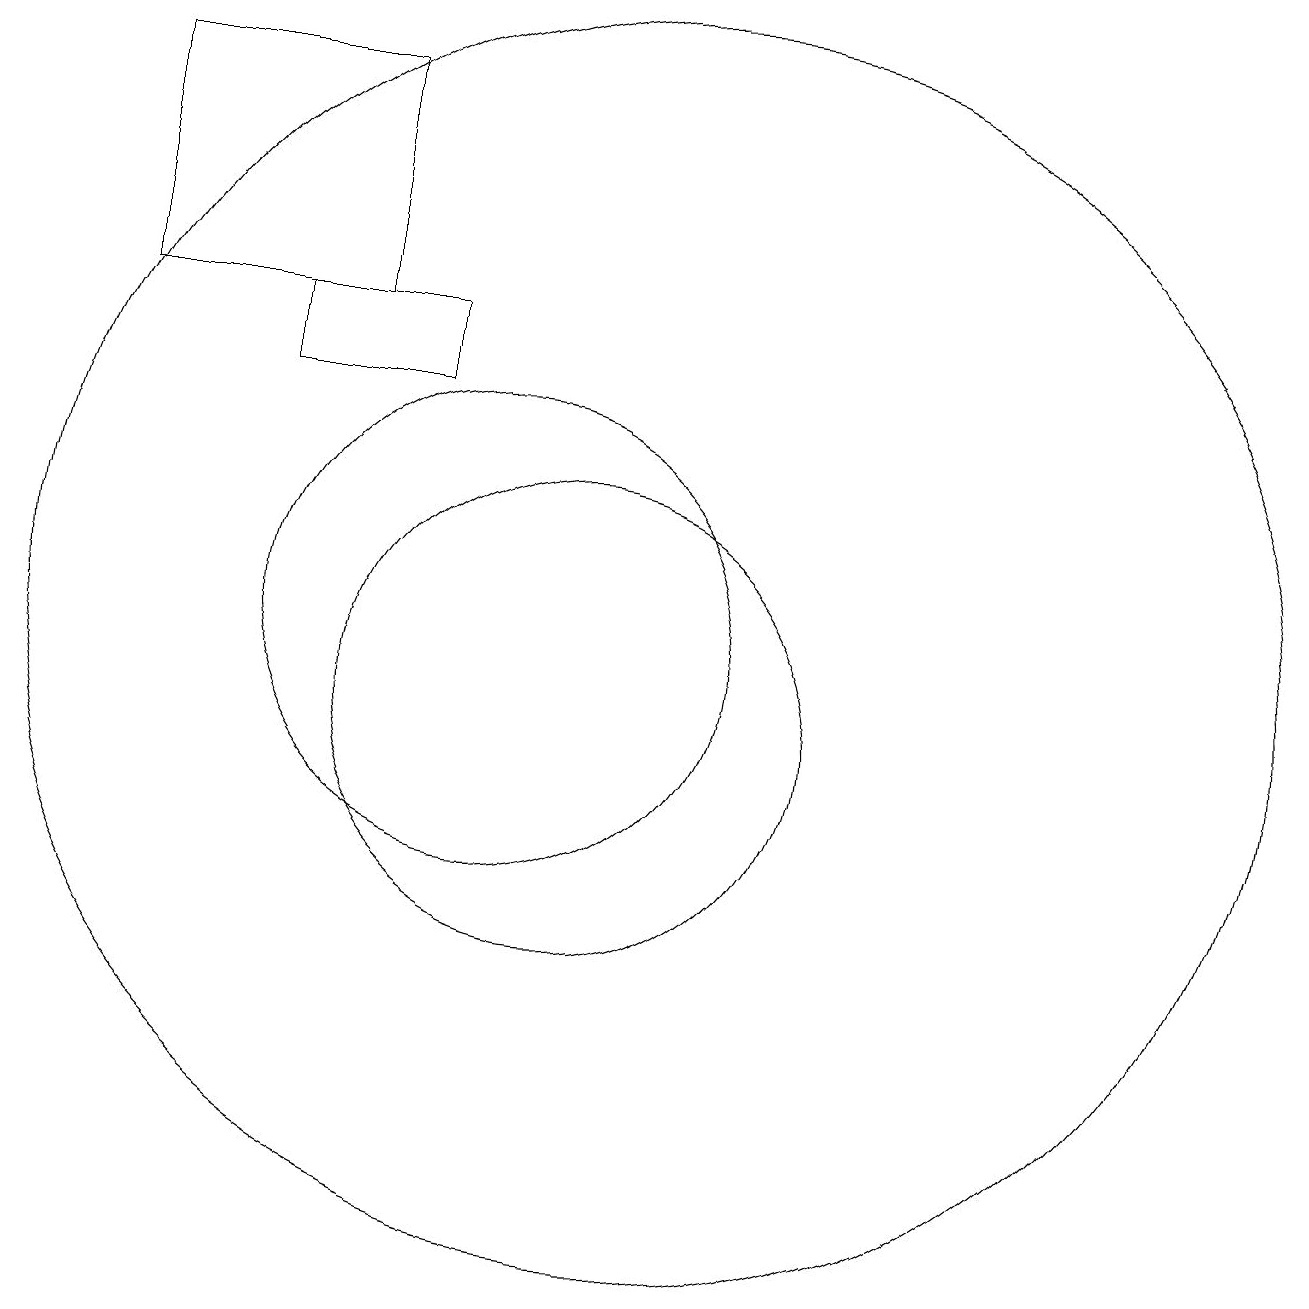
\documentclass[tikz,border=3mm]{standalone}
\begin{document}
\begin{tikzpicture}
\draw (7,14) rectangle (9,15);
\draw (11,10) circle (3);
\draw (5,18) rectangle (8,15);
\draw (12,11) circle (8);
\draw (10,11) circle (3);
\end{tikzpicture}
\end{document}